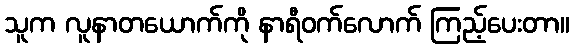
သူက လူနာတယောက်ကို နာရီဝက်လောက် ကြည့်ပေးတာ။